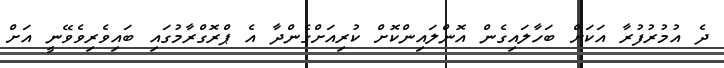
ދެ އުމުރުފުރާ އަކަށް ބަހާލައިގެން އޮންލައިންކޮށް ކުރިއަށްގެންދާ އެ ޕްރޮގްރާމުގައި ބައިވެރިވެވޭނީ އަށް